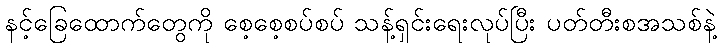
နင့်ခြေထောက်တွေကို စေ့စေ့စပ်စပ် သန့်ရှင်းရေးလုပ်ပြီး ပတ်တီးစအသစ်နဲ့